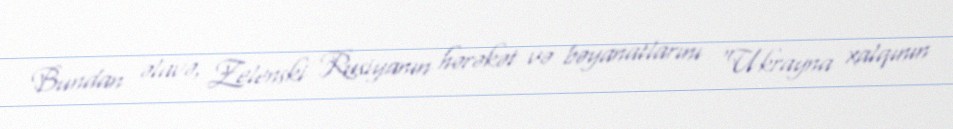
Bundan əlavə, Zelenski Rusiyanın hərəkət və bəyanatlarını “Ukrayna xalqının